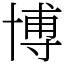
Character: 博